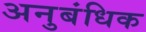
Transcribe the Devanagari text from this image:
अनुबंधिक